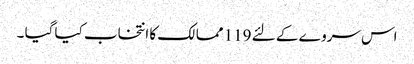
اس سروے کے لئے 119 ممالک کا انتخاب کیا گیا ۔